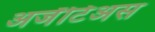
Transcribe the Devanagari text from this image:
अर्जेंटिअस